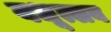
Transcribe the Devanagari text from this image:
वधूत्सव